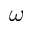
\omega